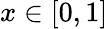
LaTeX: x\in[0,1]